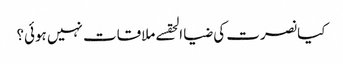
کیا نصرت کی ضیا الحقسے ملاقات نہیں ہوئی؟